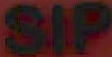
SIP